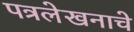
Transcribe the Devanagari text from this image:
पत्रलेखनाचे